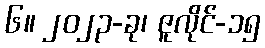
၆။ ၂၀၂၃-ခု၊ ဇူလိုင်-၁၅